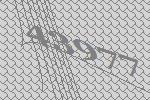
43977